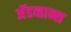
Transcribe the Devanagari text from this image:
अॅडव्हान्स